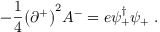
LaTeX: - { \frac { 1 } { 4 } } \bigl ( \partial ^ { + } \bigr ) ^ { 2 } A ^ { - } = e \psi _ { + } ^ { \dagger } \psi _ { + } \; .